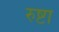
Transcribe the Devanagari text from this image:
रुष्टा